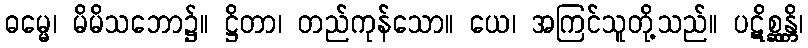
ဓမ္မေ၊ မိမိသဘော၌။ ဋ္ဌိတာ၊ တည်ကုန်သော။ ယေ၊ အကြင်သူတို့သည်။ ပဋိစ္ဆန္တိ၊